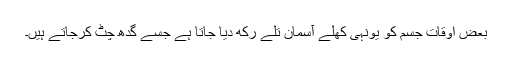
بعض اوقات جسم کو یونہی کھلے آسمان تلے رکھ دیا جاتا ہے جسے گدھ چٹ کرجاتے ہیں۔